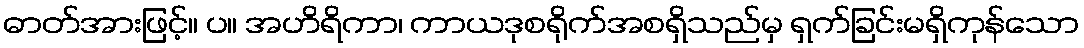
ဓာတ်အားဖြင့်။ ပ။ အဟိရိကာ၊ ကာယဒုစရိုက်အစရှိသည်မှ ရှက်ခြင်းမရှိကုန်သော